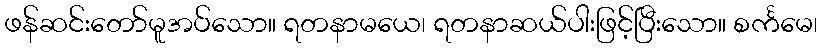
ဖန်ဆင်းတော်မူအပ်သော။ ရတနာမယေ၊ ရတနာဆယ်ပါးဖြင့်ပြီးသော။ စင်္ကမေ၊